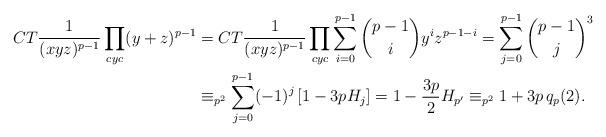
LaTeX: \begin{align*} CT\frac1{(xyz)^{p-1}}\prod_{cyc}(y+z)^{p-1}&=CT\frac1{(xyz)^{p-1}}\prod_{cyc}\sum_{i=0}^{p-1}\binom{p-1}iy^iz^{p-1-i}=\sum_{j=0}^{p-1}\binom{p-1}j^3 \\&\equiv_{p^2}\sum_{j=0}^{p-1}(-1)^j\left[1-3pH_j\right] =1-\frac{3p}2H_{p'}\equiv_{p^2}1+3p\,q_p(2). \end{align*}